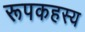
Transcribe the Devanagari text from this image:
रूपकहस्य